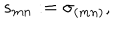
s _ { m n } : = \sigma _ { ( m n ) } ,